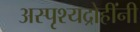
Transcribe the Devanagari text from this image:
अस्पृश्यद्रोहींनी